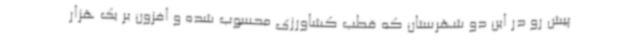
پیش رو در این دو شهرستان که قطب کشاورزی محسوب شده و افزون بر یک هزار